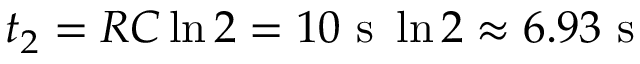
t _ { 2 } = R C \ln { 2 } = 1 0 \mathrm { ~ s ~ } \ln { 2 } \approx 6 . 9 3 \mathrm { ~ s ~ }